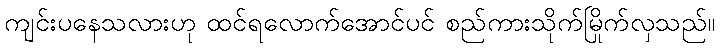
ကျင်းပနေသလားဟု ထင်ရလောက်အောင်ပင် စည်ကားသိုက်မြိုက်လှသည်။